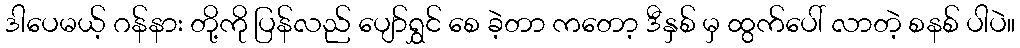
ဒါပေမယ့် ဂန်နား တို့ကို ပြန်လည် ပျော်ရွှင် စေ ခဲ့တာ ကတော့ ဒီနှစ် မှ ထွက်ပေါ် လာတဲ့ စနစ် ပါပဲ။